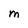
Character: M